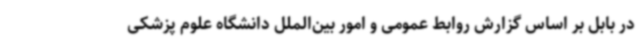
در بابل بر اساس گزارش روابط‌ عمومی و امور بین‌الملل دانشگاه علوم پزشکی